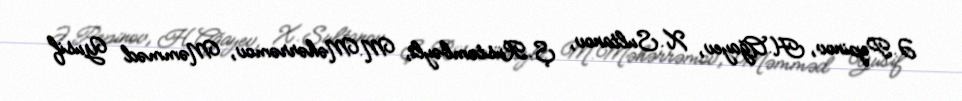
Ə.Pepinov, H.Ağayev, X.Sultanov, Ş.Rüstəmbəyli, M.Məhərrəmov, Məmməd Yusif